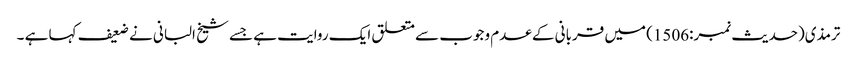
ترمذی(حدیث نمبر:1506) میں قربانی کے عدم وجوب سے متعلق ایک روایت ہے جسے شیخ البانی نے ضعیف کہا ہے ۔